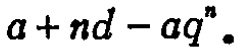
$a + nd - aq^{n}.$